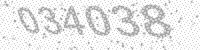
Solution: 034038